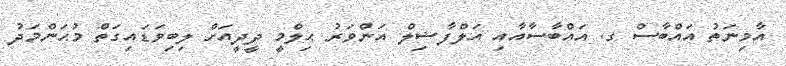
އާމިނަތު އައްބާސް ގ. އައްބާސާއާއި އަލްފާޟިލް އަންވަރު ޙިލްމީ ދީދީއަށް ލިބިވަޑައިގަތް މުޙަންމަދު